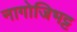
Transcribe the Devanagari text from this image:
नागोजिभट्ट